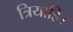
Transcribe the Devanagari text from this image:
त्रियाहि।